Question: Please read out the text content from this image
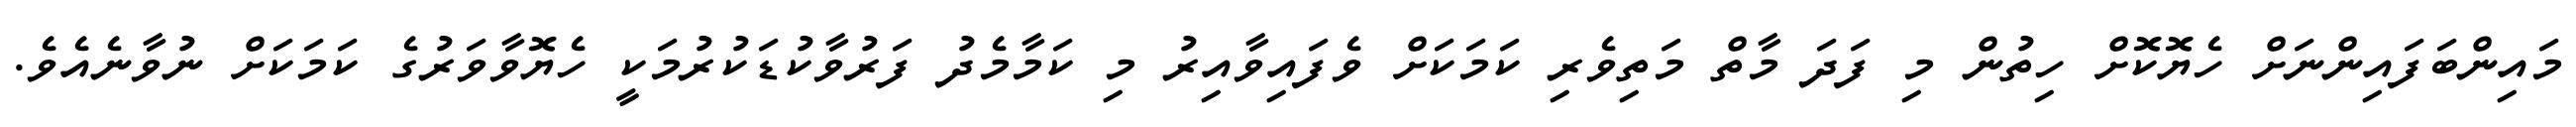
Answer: މައިންބަފައިންނަށް ހެޔޮކޮށް ހިތުން މި ފަދަ މާތް މަތިވެރި ކަމަކަށް ވެފައިވާއިރު މި ކަމާމެދު ފަރުވާކުޑަކުރުމަކީ ހެޔޮވާވަރުގެ ކަމަކަށް ނުވާނެއެވެ.